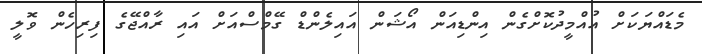
މެޑައްޔަކަށް އުއްމީދުކޮށްގެން އިންޑިއަން އޯޝަން އައިލެންޑް ގޭމްސްއަށް އައި ރާއްޖޭގެ ފިރިހެން ވޮލީ